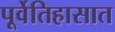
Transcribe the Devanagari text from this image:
पूर्वेतिहासात